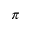
\pi